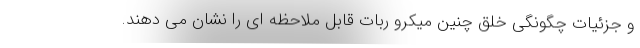
و جزئیات چگونگی خلق چنین میکرو ربات قابل ملاحظه ای را نشان می دهند.